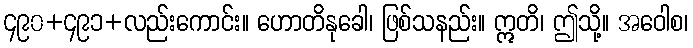
၄၉၀+၄၉၁+လည်းကောင်း။ ဟောတိနုခေါ၊ ဖြစ်သနည်း။ ဣတိ၊ ဤသို့။ အဝေါစ၊